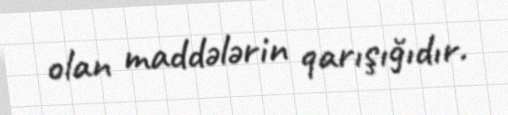
olan maddələrin qarışığıdır.